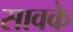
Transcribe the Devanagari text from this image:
सावके